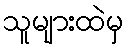
သူများထဲမှ